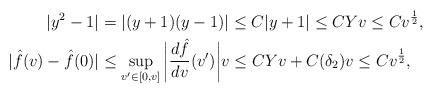
LaTeX: \begin{align*} |y^2-1|&=|(y+1)(y-1)|\leq C|y+1|\leq CYv\leq Cv^{\frac{1}{2}},\\ |\hat{f}(v)-\hat{f}(0)|&\leq \sup_{v'\in[0,v]}\bigg|\frac{d\hat{f}}{dv}(v')\bigg|v\leq CYv+C(\delta_2)v\leq Cv^{\frac{1}{2}},\end{align*}